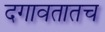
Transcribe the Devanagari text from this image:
दगावतातच